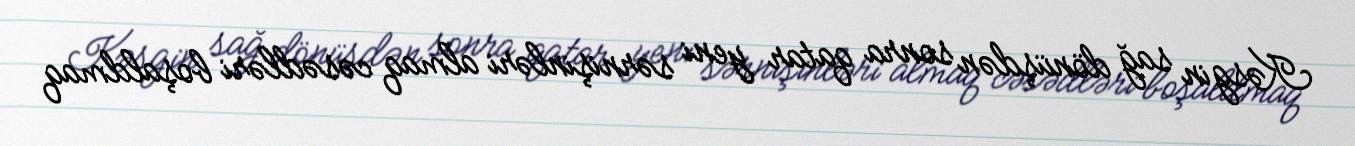
Kəsgin sağ dönüşdən sonra qatar yeni sərnişinləri almaq cəsədləri boşaldmaq